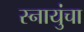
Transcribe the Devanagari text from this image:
स्नायुंचा